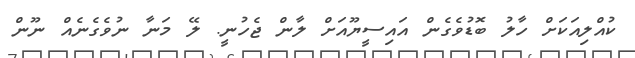
ކުއްލިއަކަށް ހާލު ބޮޑުވެގެން އައިސީޔޫއަށް ލާން ޖެހުނީ. ލޭ މަނާ ނުވެގެނެއް ނޫން